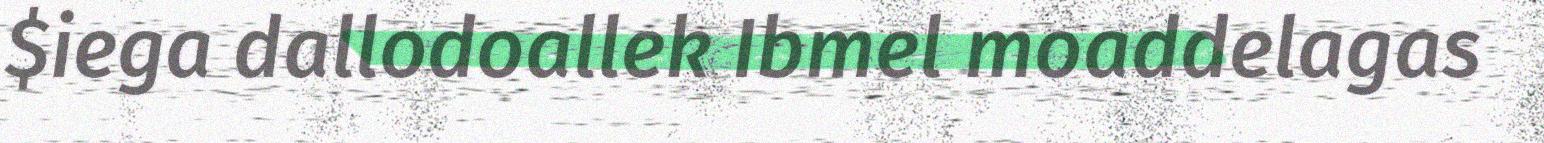
$iega dallodoallek Ibmel moaddelagas